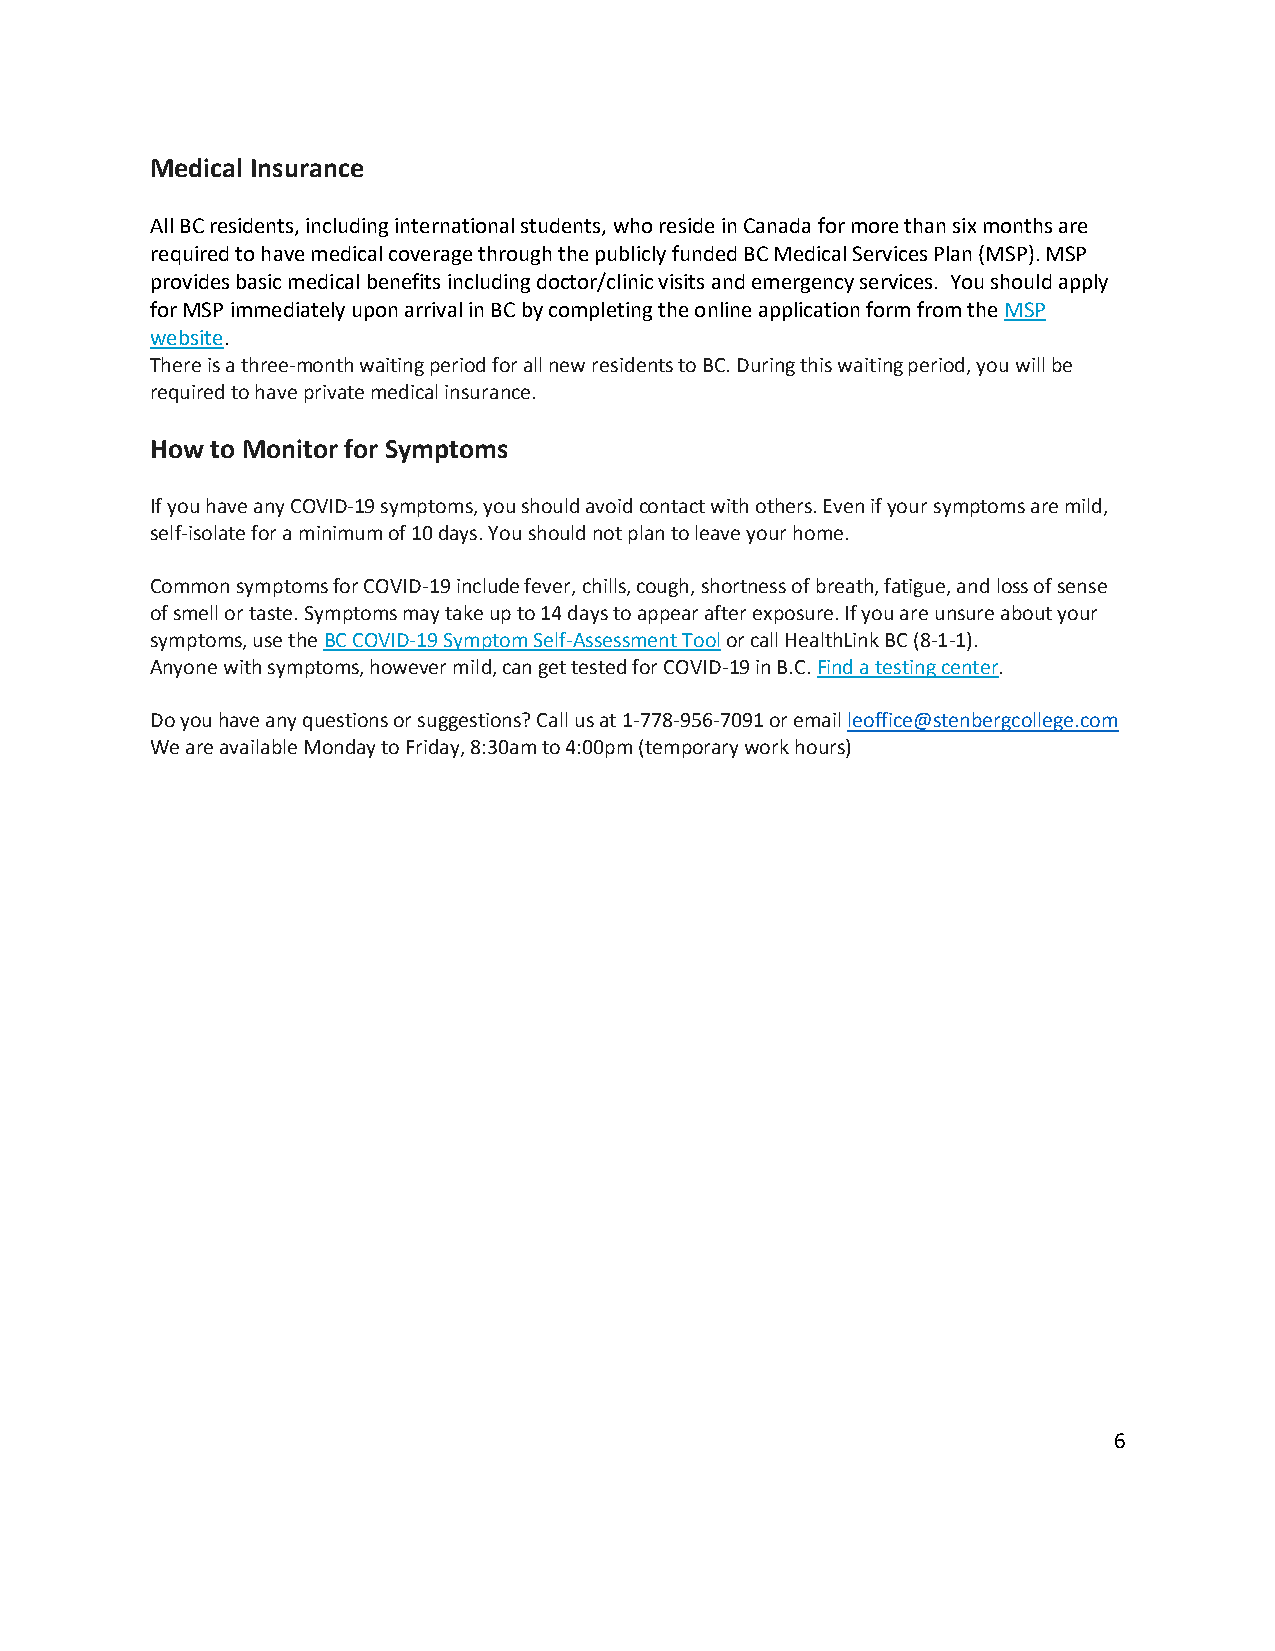
Medical Insurance
 All BC residents, including international students, who reside in Canada for more than six months are
 required to have medical coverage through the publicly funded BC Medical Services Plan (MSP). MSP
 provides basic medical benefits including doctor/clinic visits and emergency services. You should apply
 for MSP immediately upon arrival in BC by completing the online application form from the MSP
 website.
 There is a three-month waiting period for all new residents to BC. During this waiting period, you will be
 required to have private medical insurance.
 How to Monitor for Symptoms
 If you have any COVID-19 symptoms, you should avoid contact with others. Even if your symptoms are mild,
 self-isolate for a minimum of 10 days. You should not plan to leave your home.
 Common symptoms for COVID-19 include fever, chills, cough, shortness of breath, fatigue, and loss of sense
 of smell or taste. Symptoms may take up to 14 days to appear after exposure. If you are unsure about your
 symptoms, use the BC COVID-19 Symptom Self-Assessment Tool or call HealthLink BC (8-1-1).
 Anyone with symptoms, however mild, can get tested for COVID-19 in B.C. Find a testing center.
 Do you have any questions or suggestions? Call us at 1-778-956-7091 or email leoffice@stenbergcollege.com
 We are available Monday to Friday, 8:30am to 4:00pm (temporary work hours)
 6